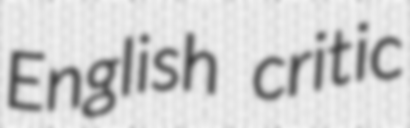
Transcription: English critic